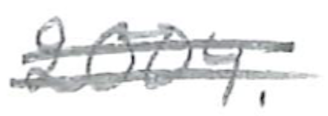
Text: 2004.
Cross-out: double-line
Writing tool: pencil